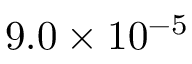
9 . 0 \times 1 0 ^ { - 5 }